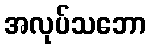
အလုပ်သဘော